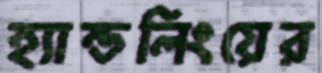
হ্যান্ডলিংয়ের